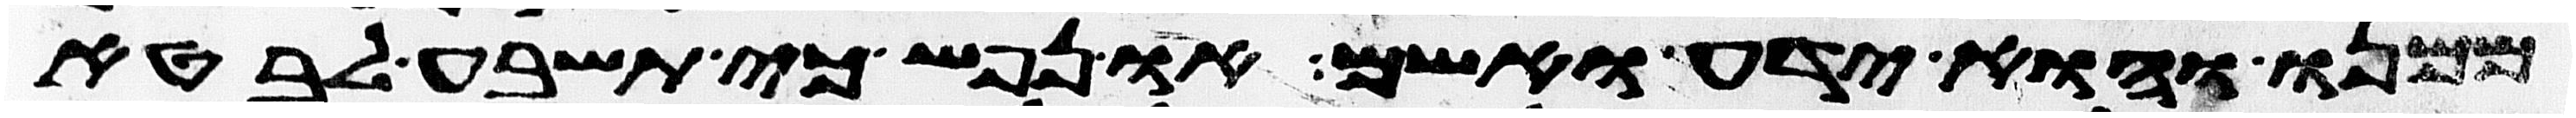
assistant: ממנו והוא ידע ואשם ונפש כי תשבע לבטא